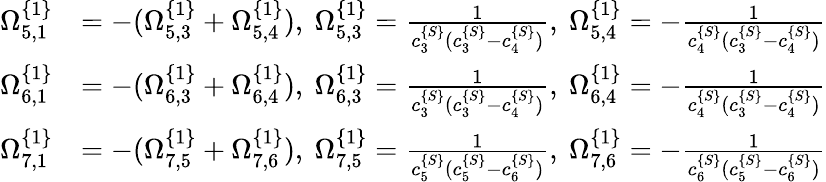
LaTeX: \begin{array}{rl}{\Omega_{5,1}^{\{ 1\} }}&{=-(\Omega_{5,3}^{\{ 1\} }+\Omega_{5,4}^{\{ 1\} }),\ \Omega_{5,3}^{\{ 1\} }=\frac{1}{c_{3}^{\{ S\} }(c_{3}^{\{ S\} }-c_{4}^{\{ S\} })},\ \Omega_{5,4}^{\{ 1\} }=-\frac{1}{c_{4}^{\{ S\} }(c_{3}^{\{ S\} }-c_{4}^{\{ S\} })}}\\ {\Omega_{6,1}^{\{ 1\} }}&{=-(\Omega_{6,3}^{\{ 1\} }+\Omega_{6,4}^{\{ 1\} }),\ \Omega_{6,3}^{\{ 1\} }=\frac{1}{c_{3}^{\{ S\} }(c_{3}^{\{ S\} }-c_{4}^{\{ S\} })},\ \Omega_{6,4}^{\{ 1\} }=-\frac{1}{c_{4}^{\{ S\} }(c_{3}^{\{ S\} }-c_{4}^{\{ S\} })}}\\ {\Omega_{7,1}^{\{ 1\} }}&{=-(\Omega_{7,5}^{\{ 1\} }+\Omega_{7,6}^{\{ 1\} }),\ \Omega_{7,5}^{\{ 1\} }=\frac{1}{c_{5}^{\{ S\} }(c_{5}^{\{ S\} }-c_{6}^{\{ S\} })},\ \Omega_{7,6}^{\{ 1\} }=-\frac{1}{c_{6}^{\{ S\} }(c_{5}^{\{ S\} }-c_{6}^{\{ S\} })}}\end{array}